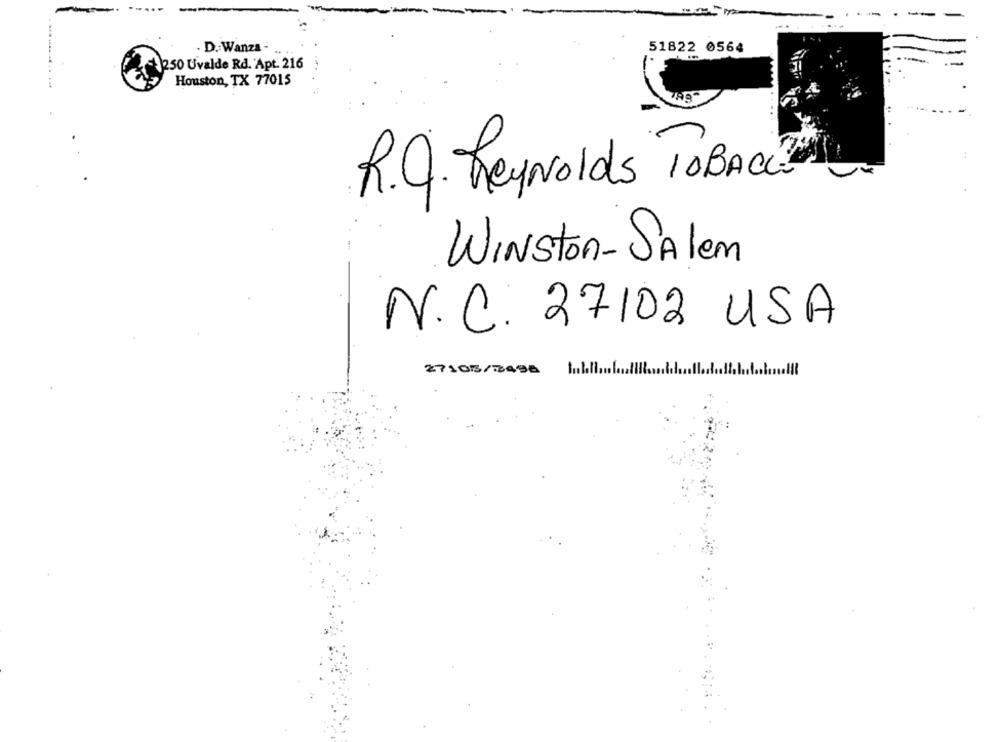
. D. Wanza -
51822 0564
250 Uvalde Rd. Apt. 216
Houston, TX 77015
R.J. Reynolds To BACK!
Winston-Salem
N.C. 27102 USA
27105/2496